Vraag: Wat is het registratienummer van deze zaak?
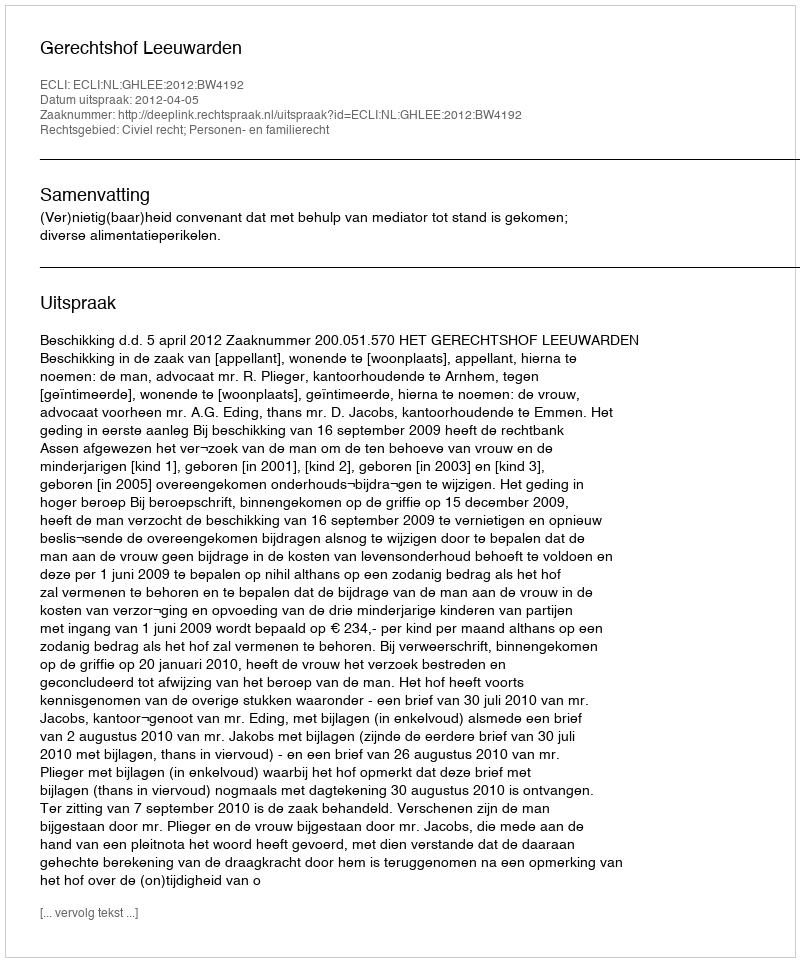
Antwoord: http://deeplink.rechtspraak.nl/uitspraak?id=ECLI:NL:GHLEE:2012:BW4192